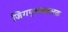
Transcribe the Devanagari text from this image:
जिगपृथक्कारक